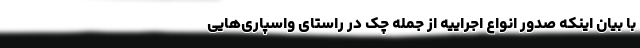
با بیان اینکه صدور انواع اجراییه از جمله چک در راستای واسپاری‌هایی